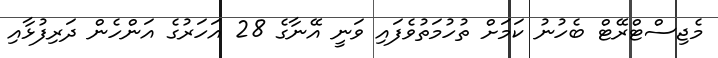
މެޖިސްޓްރޭޓް ބެހުނު ކަމަށް ތުހުމަތުވެފައި ވަނީ އޭނާގެ 28 އަހަރުގެ އަންހެން ދަރިފުޅާއި